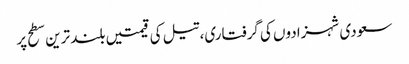
سعودی شہزادوں کی گرفتاری، تیل کی قیمتیں بلند ترین سطح پر